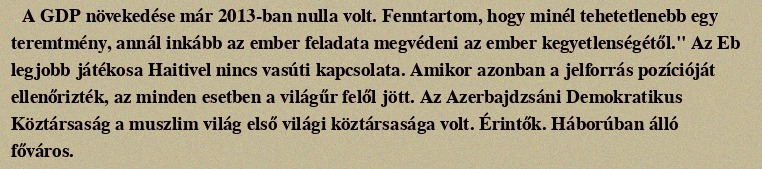
A GDP növekedése már 2013-ban nulla volt. Fenntartom, hogy minél tehetetlenebb egy teremtmény, annál inkább az ember feladata megvédeni az ember kegyetlenségétől." Az Eb legjobb játékosa Haitivel nincs vasúti kapcsolata. Amikor azonban a jelforrás pozícióját ellenőrizték, az minden esetben a világűr felől jött. Az Azerbajdzsáni Demokratikus Köztársaság a muszlim világ első világi köztársasága volt. Érintők. Háborúban álló főváros.